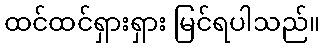
ထင်ထင်ရှားရှား မြင်ရပါသည်။